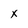
Character: X